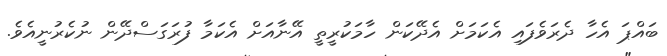
ބައްޕަ އެހާ ދެރަވެފައި އެކަމަށް އެދޭކަން ހާމަކުރީތީ އޭނާއަށް އެކަމާ ފުރަގަސްދޭން ނުކެރުނީއެވެ.